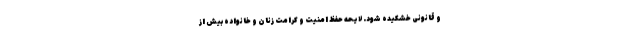
و قانونی خشکیده شود. لایحه حفظ امنیت و کرامت زنان و خانواده بیش از